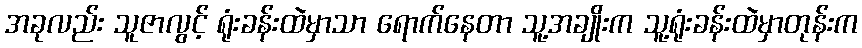
အခုလည်း သူဇာလွင့် ရုံးခန်းထဲမှာသာ ရောက်နေတာ သူ့အချိုးက သူ့ရုံးခန်းထဲမှာတုန်းက